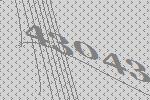
43043